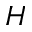
H